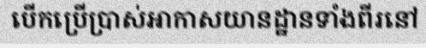
បើកប្រើប្រាស់អាកាសយានដ្ឋានទាំងពីរនៅ